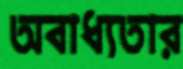
অবাধ্যতার